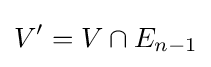
V'=V\cap E_{n-1}